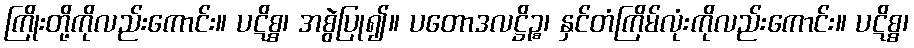
ကြိုးတို့ကိုလည်းကောင်း။ ပဋိစ္စ၊ အစွဲပြု၍။ ပတောဒလဋ္ဌိဉ္စ၊ နှင်တံကြိမ်လုံးကိုလည်းကောင်း။ ပဋိစ္စ၊